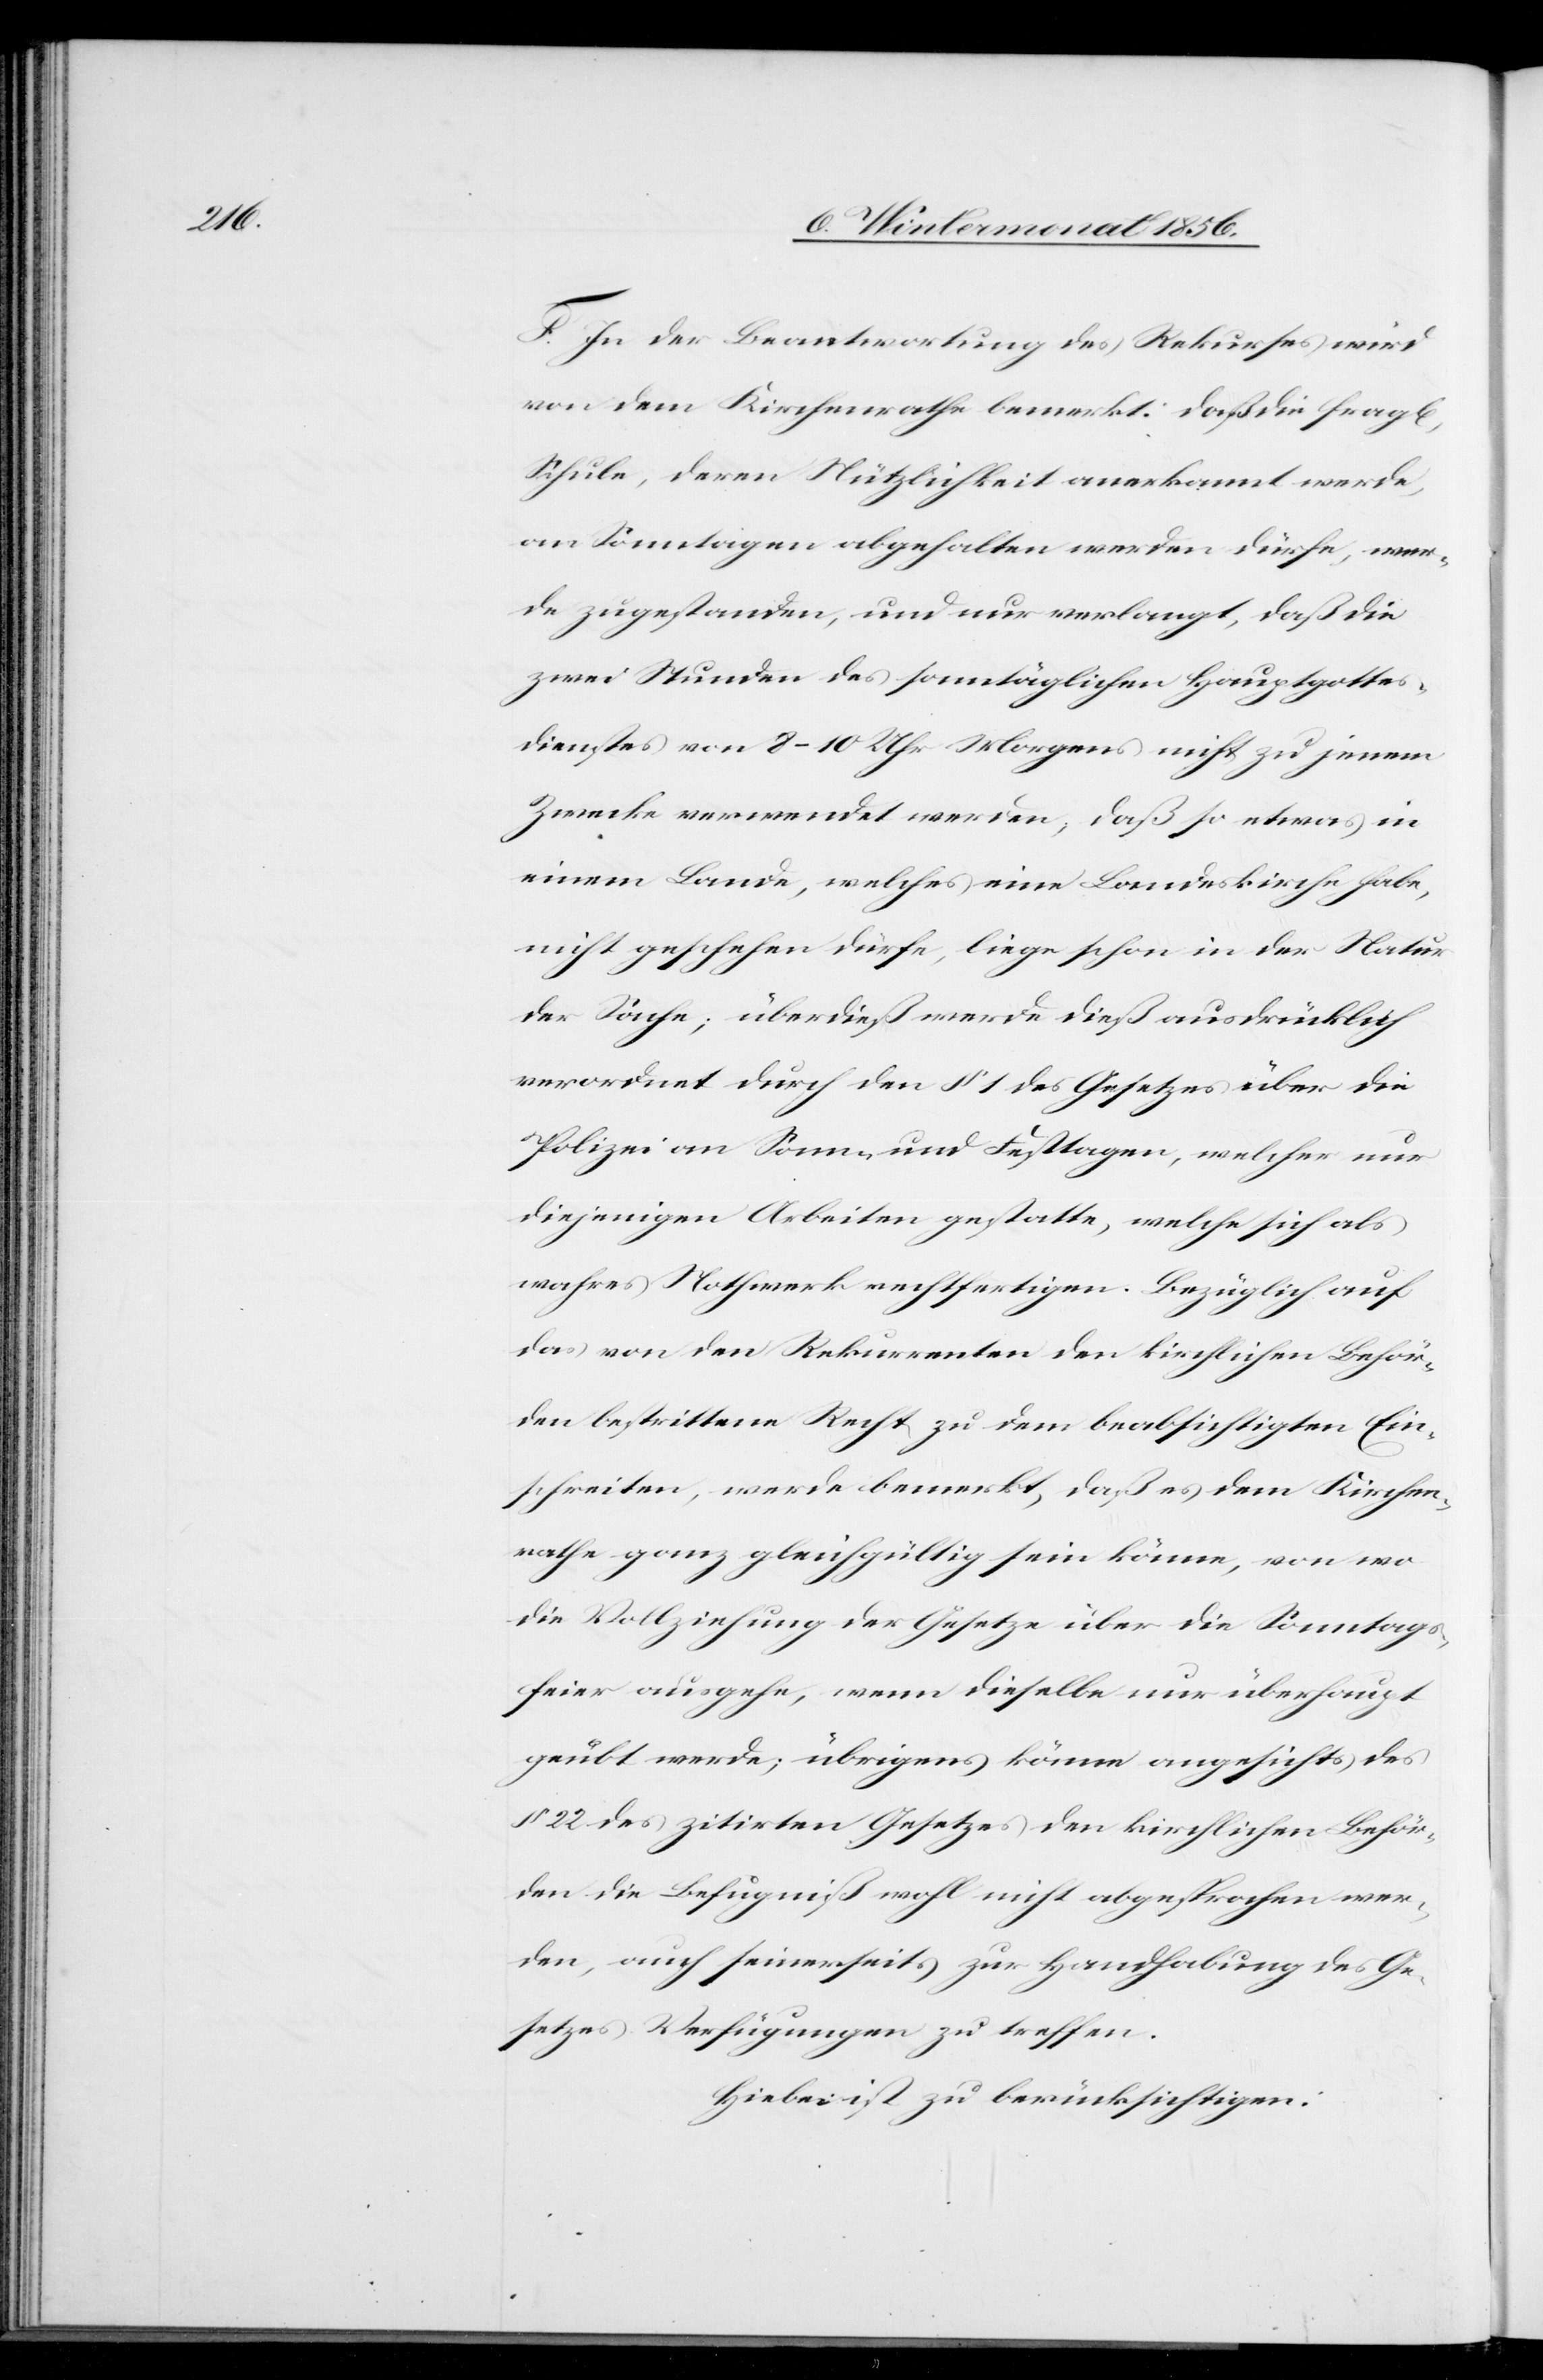
l[iche]

F. In der Beantwortung des Rekurses wird
von dem Kirchenrathe bemerkt: daß die frag¬
Schule, deren Nützlichkeit anerkannt werde,
an Sonntagen abgehalten werden dürfe, wer¬
de zugestanden, und nur verlangt, daß die
zwei Stunden des sonntäglichen Hauptgottes¬
dienstes von 8–10 Uhr Morgens nicht zu jenem
Zwecke verwendet werden, daß so etwas in
einem Lande, welches eine Landeskirche habe,
nicht geschehen dürfe, liege schon in der Natur
der Sache; überdieß werde dieß ausdrücklich
verordnet durch den § 1 des Gesetzes über die
Polizei an Sonn- und Festtagen, welcher nur
diejenigen Arbeiten gestatte, welche sich als
wahres Nothwerk rechtfertigen. Bezüglich auf
das von den Rekurrenten den kirchlichen Behör¬
den bestrittene Recht zu dem beabsichtigten Ein¬
schreiten, werde bemerkt, daß es dem Kirchen¬
rathe ganz gleichgültig sein könne, von wo
die Vollziehung der Gesetze über die Sonntags¬
feier ausgehe, wenn dieselbe nur überhaupt
geübt werde; übrigens könne angesichts des
§ 22 des zitirten Gesetzes den kirchlichen Behör¬
den die Befugniß wohl nicht abgesprochen wer¬
den, auch seinerseits zur Handhabung des Ge¬
setzes Verfügungen zu treffen.
Hiebei ist zu berücksichtigen: